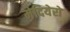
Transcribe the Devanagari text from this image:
मेदियेरो